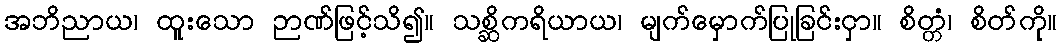
အဘိညာယ၊ ထူးသော ဉာဏ်ဖြင့်သိ၍။ သစ္ဆိကရိယာယ၊ မျက်မှောက်ပြုခြင်းငှာ။ စိတ္တံ၊ စိတ်ကို။